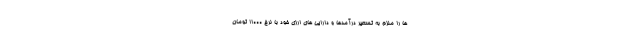
ها را ملزم به تسعیر درآمدها و دارایی های ارزی خود با نرخ ۱۱۰۰۰ تومان